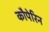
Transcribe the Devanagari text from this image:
कौपेरिन